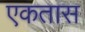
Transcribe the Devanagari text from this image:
एकतास